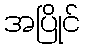
အပြိုင်